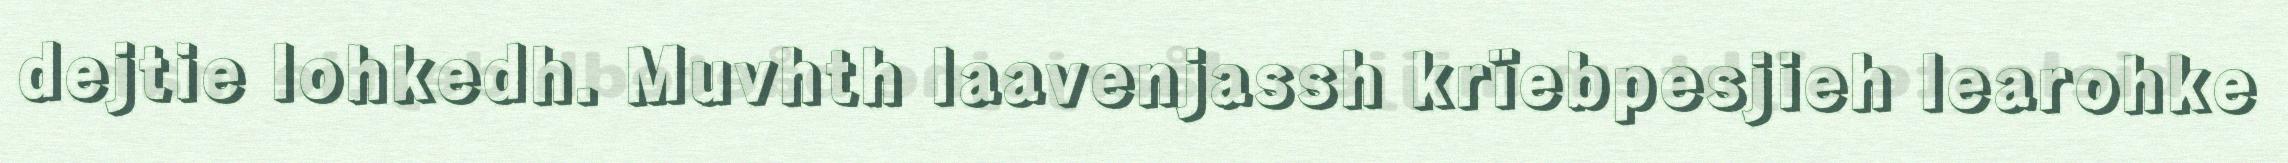
dejtie lohkedh. Muvhth laavenjassh krïebpesjieh learohke